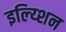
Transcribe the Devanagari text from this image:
इल्य्शिन